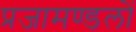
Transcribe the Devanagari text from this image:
प्रजामण्डलों